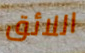
اللائق